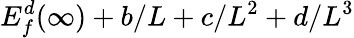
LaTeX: E_{f}^{d}(\infty)+b/L+c/L^{2}+d/L^{3}